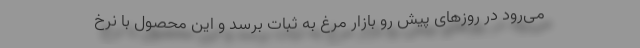
می‌رود در روزهای پیش رو بازار مرغ به ثبات برسد و این محصول با نرخ